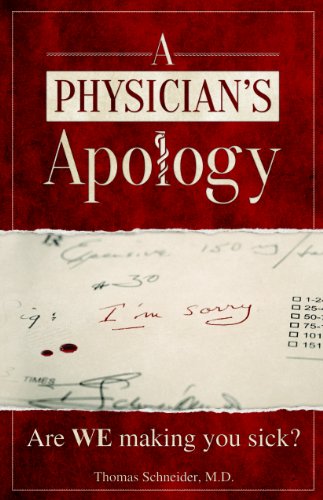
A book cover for A Physician's Apology: Are WE making you sick?; Thomas Schneider MD; Health, Fitness & Dieting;